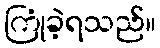
ကြုံခဲ့ရသည်။